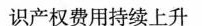
识产权费用持续上升